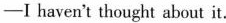
——I haven't thought about it.